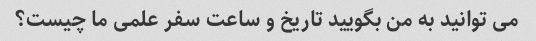
می توانید به من بگویید تاریخ و ساعت سفر علمی ما چیست؟